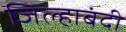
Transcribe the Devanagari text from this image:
जिल्हाबंदी